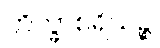
ဘိက္ခာစရိယဉ္စ